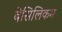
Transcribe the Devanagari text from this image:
बेसिलिकम